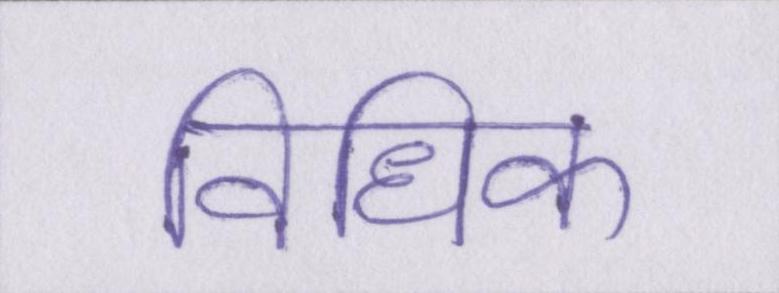
विधिक